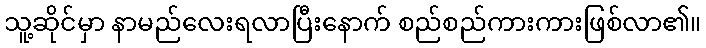
သူ့ဆိုင်မှာ နာမည်လေးရလာပြီးနောက် စည်စည်ကားကားဖြစ်လာ၏။